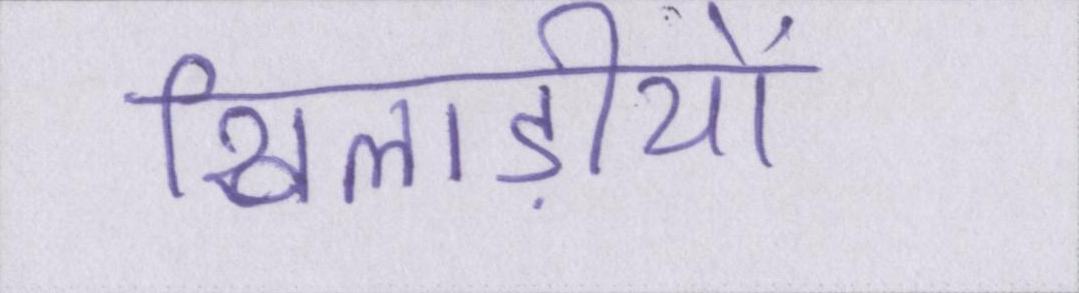
खिलाड़ीयों